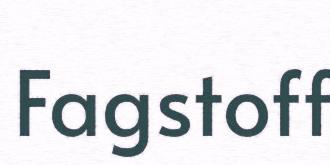
Fagstoff